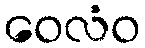
ဝေလံဝ